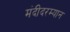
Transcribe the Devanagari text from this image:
मंदीदरम्यान